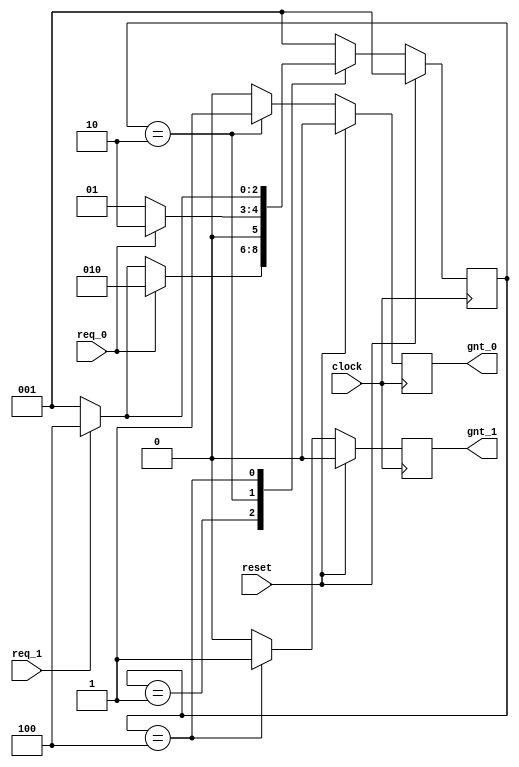
// Source: http://www.asic-world.com/tidbits/verilog_fsm.html
//-----------------------------------------------------
// This is FSM demo program using always block
// Design Name : fsm_using_always
//-----------------------------------------------------
module fsm_using_always (
clock      , // clock
reset      , // Active high, syn reset
req_0      , // Request 0
req_1      , // Request 1
gnt_0      , // Grant 0
gnt_1      
);
//-------------Input Ports-----------------------------
input   clock,reset,req_0,req_1;
 //-------------Output Ports----------------------------
output  gnt_0,gnt_1;
//-------------Input ports Data Type-------------------
wire    clock,reset,req_0,req_1;
//-------------Output Ports Data Type------------------
reg     gnt_0,gnt_1;
//-------------Internal Constants--------------------------
parameter SIZE = 3           ;
parameter IDLE  = 3'b001,GNT0 = 3'b010,GNT1 = 3'b100 ;
//-------------Internal Variables---------------------------
reg   [SIZE-1:0]          state        ;// Seq part of the FSM
reg   [SIZE-1:0]          next_state   ;// combo part of FSM
//----------Code startes Here------------------------
always @ (state or req_0 or req_1)
begin : FSM_COMBO
 next_state = 3'b000;
 case(state)
   IDLE : if (req_0 == 1'b1) begin
                next_state = GNT0;
              end else if (req_1 == 1'b1) begin
                next_state= GNT1;
              end else begin
                next_state = IDLE;
              end
   GNT0 : if (req_0 == 1'b1) begin
                next_state = GNT0;
              end else begin
                next_state = IDLE;
              end
   GNT1 : if (req_1 == 1'b1) begin
                next_state = GNT1;
              end else begin
                next_state = IDLE;
              end
   default : next_state = IDLE;
  endcase
end
//----------Seq Logic-----------------------------
always @ (posedge clock)
begin : FSM_SEQ
  if (reset == 1'b1) begin
    state <= #1 IDLE;
  end else begin
    state <= #1 next_state;
  end
end
//----------Output Logic-----------------------------
always @ (posedge clock)
begin : OUTPUT_LOGIC
if (reset == 1'b1) begin
  gnt_0 <= #1 1'b0;
  gnt_1 <= #1 1'b0;
end
else begin
  case(state)
    IDLE : begin
                  gnt_0 <= #1 1'b0;
                  gnt_1 <= #1 1'b0;
               end
   GNT0 : begin
                   gnt_0 <= #1 1'b1;
                   gnt_1 <= #1 1'b0;
                end
   GNT1 : begin
                   gnt_0 <= #1 1'b0;
                   gnt_1 <= #1 1'b1;
                end
   default : begin
                    gnt_0 <= #1 1'b0;
                    gnt_1 <= #1 1'b0;
                  end
  endcase
end
end // End Of Block OUTPUT_LOGIC

endmodule // End of Module arbiter